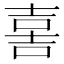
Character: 𡔯